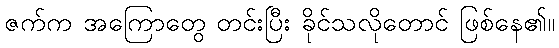
ဇက်က အကြောတွေ တင်းပြီး ခိုင်သလိုတောင် ဖြစ်နေ၏။